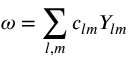
\omega = \sum _ { l , m } c _ { l m } Y _ { l m }